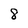
Character: 8